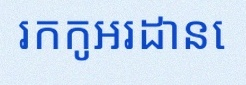
រកកូអរដោនេ